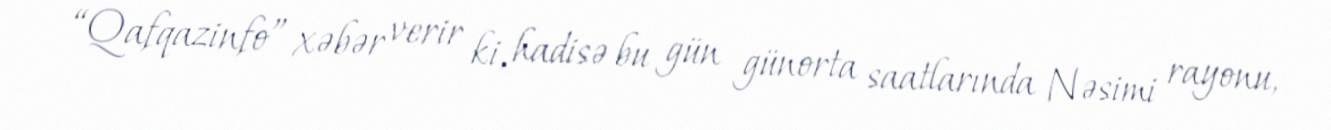
“Qafqazinfo” xəbər verir ki, hadisə bu gün günorta saatlarında Nəsimi rayonu,